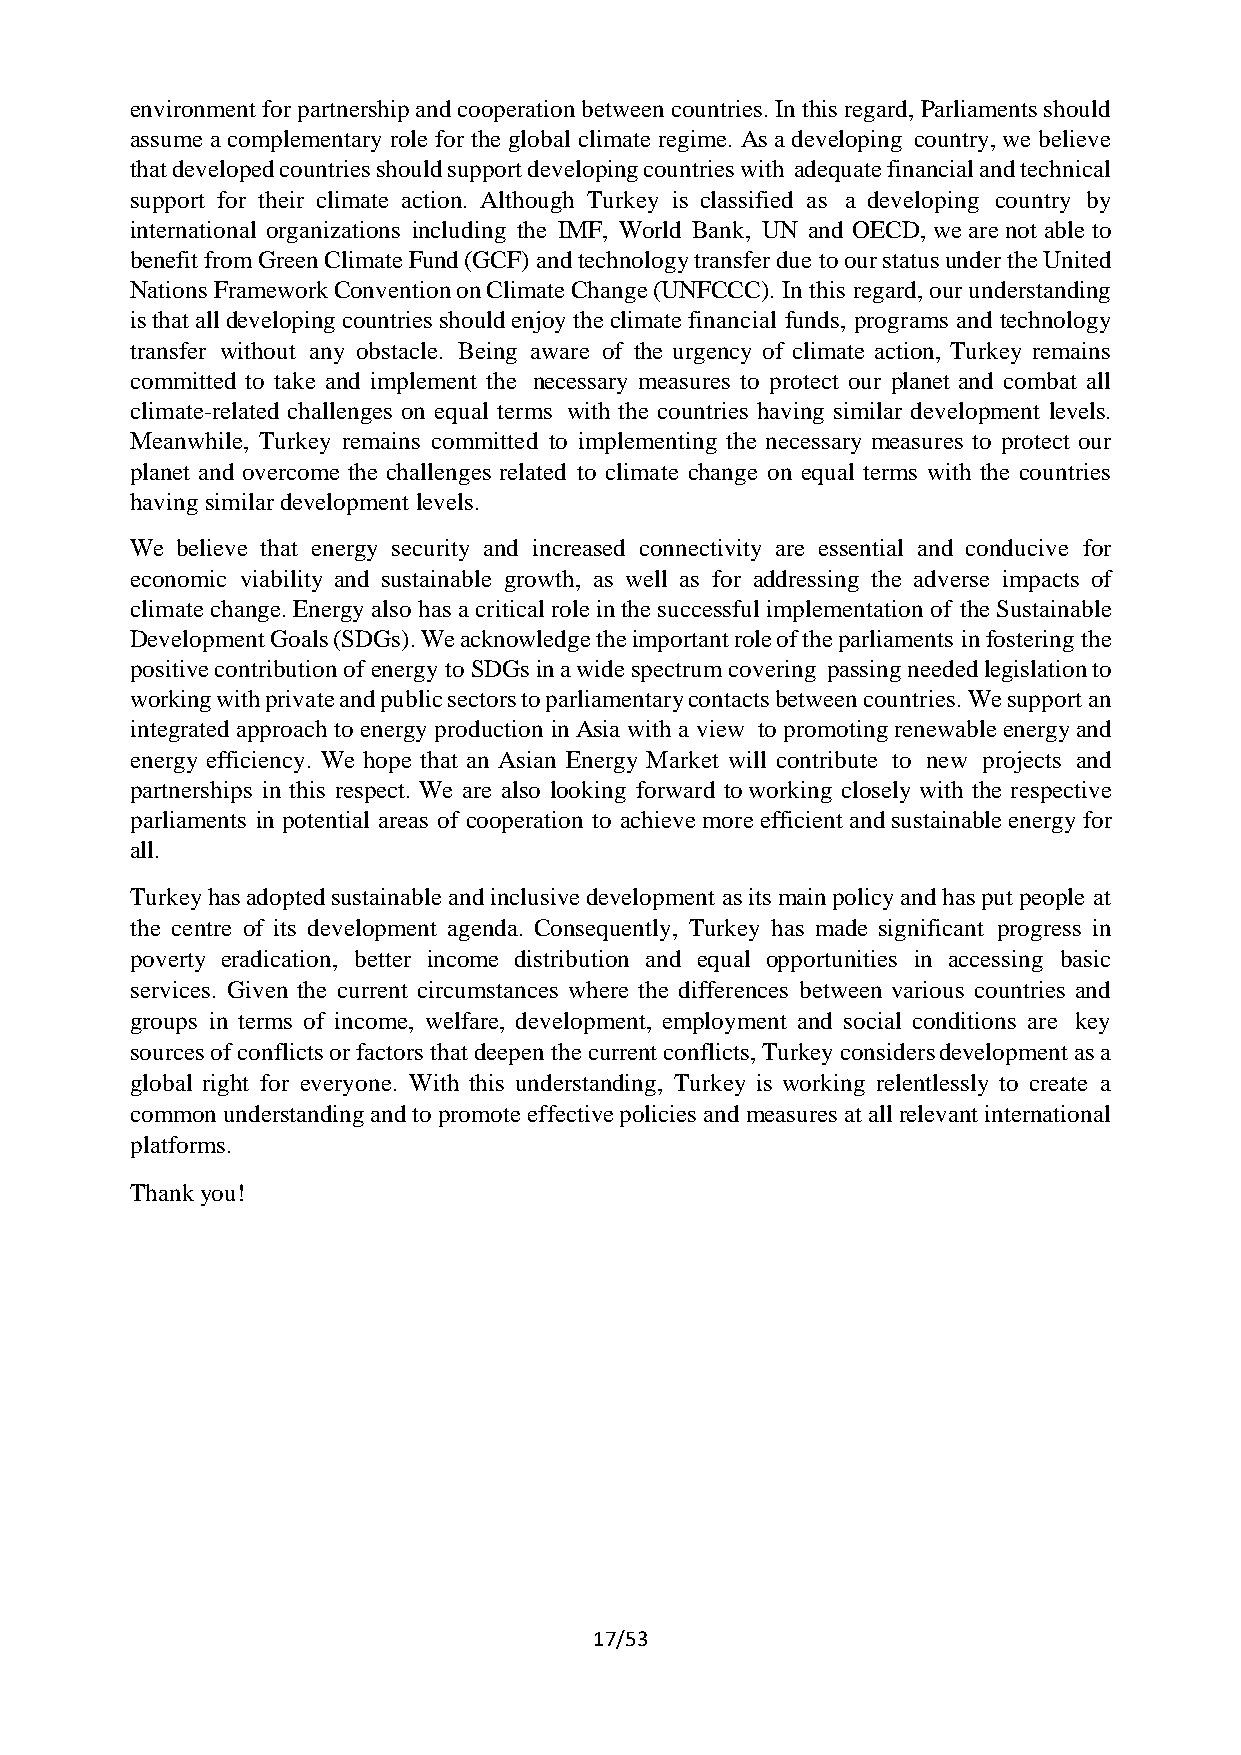
environment for partnership and cooperation between countries. In this regard, Parliaments should
 assume a complementary role for the global climate regime. As a developing country, we believe
 that developed countries should support developing countries with adequate financial and technical
 support for their climate action. Although Turkey is classified as a developing country by
 international organizations including the IMF, World Bank, UN and OECD, we are not able to
 benefit from Green Climate Fund (GCF) and technology transfer due to our status under the United
 Nations Framework Convention on Climate Change (UNFCCC). In this regard, our understanding
 is that all developing countries should enjoy the climate financial funds, programs and technology
 transfer without any obstacle. Being aware of the urgency of climate action, Turkey remains
 committed to take and implement the necessary measures to protect our planet and combat all
 climate-related challenges on equal terms with the countries having similar development levels.
 Meanwhile, Turkey remains committed to implementing the necessary measures to protect our
 planet and overcome the challenges related to climate change on equal terms with the countries
 having similar development levels.
 We believe that energy security and increased connectivity are essential and conducive for
 economic viability and sustainable growth, as well as for addressing the adverse impacts of
 climate change. Energy also has a critical role in the successful implementation of the Sustainable
 Development Goals (SDGs). We acknowledge the important role of the parliaments in fostering the
 positive contribution of energy to SDGs in a wide spectrum covering passing needed legislation to
 working with private and public sectors to parliamentary contacts between countries. We support an
 integrated approach to energy production in Asia with a view to promoting renewable energy and
 energy efficiency. We hope that an Asian Energy Market will contribute to new projects and
 partnerships in this respect. We are also looking forward to working closely with the respective
 parliaments in potential areas of cooperation to achieve more efficient and sustainable energy for
 all.
 Turkey has adopted sustainable and inclusive development as its main policy and has put people at
 the centre of its development agenda. Consequently, Turkey has made significant progress in
 poverty eradication, better income distribution and equal opportunities in accessing basic
 services. Given the current circumstances where the differences between various countries and
 groups in terms of income, welfare, development, employment and social conditions are key
 sources of conflicts or factors that deepen the current conflicts, Turkey considers development as a
 global right for everyone. With this understanding, Turkey is working relentlessly to create a
 common understanding and to promote effective policies and measures at all relevant international
 platforms.
 Thank you!
 17/53